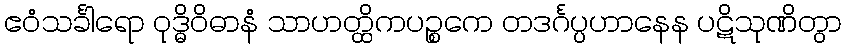
ဧဝံသင်္ခါရော ဝုဒ္ဓိဝိဓာနံ သာဟတ္ထိကပဉ္စကေ တဒင်္ဂပ္ပဟာနေန ပဋိသုဏိတွာ